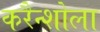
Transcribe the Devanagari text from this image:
करैन्शोला